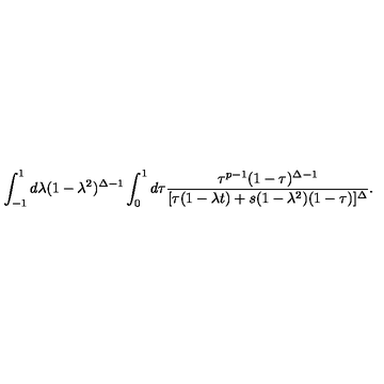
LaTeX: \int _ { - 1 } ^ { 1 } d \lambda ( 1 - \lambda ^ { 2 } ) ^ { \Delta - 1 } \int _ { 0 } ^ { 1 } d \tau \frac { \tau ^ { p - 1 } ( 1 - \tau ) ^ { \Delta - 1 } } { [ \tau ( 1 - \lambda t ) + s ( 1 - \lambda ^ { 2 } ) ( 1 - \tau ) ] ^ { \Delta } } .